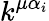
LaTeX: k^{\mu\alpha_{i}}